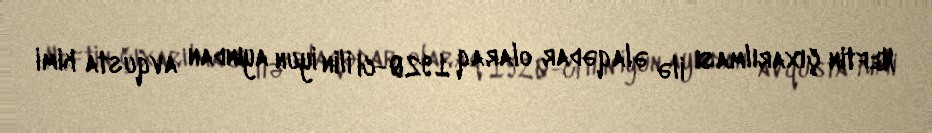
Neftin çıxarılması ilə əlaqədar olaraq 1920-ci ilin iyun ayından avqusta kimi